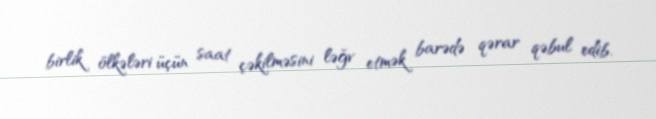
birlik ölkələri üçün saat çəkilməsini ləğv etmək barədə qərar qəbul edib.